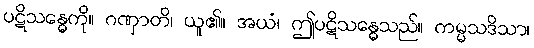
ပဋိသန္ဓေကို။ ဂဏှာတိ၊ ယူ၏။ အယံ၊ ဤပဋိသန္ဓေသည်။ ကမ္မသဒိသာ၊